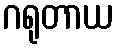
ဂရုတာယ